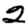
Digit: 2